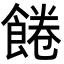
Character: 𩜇